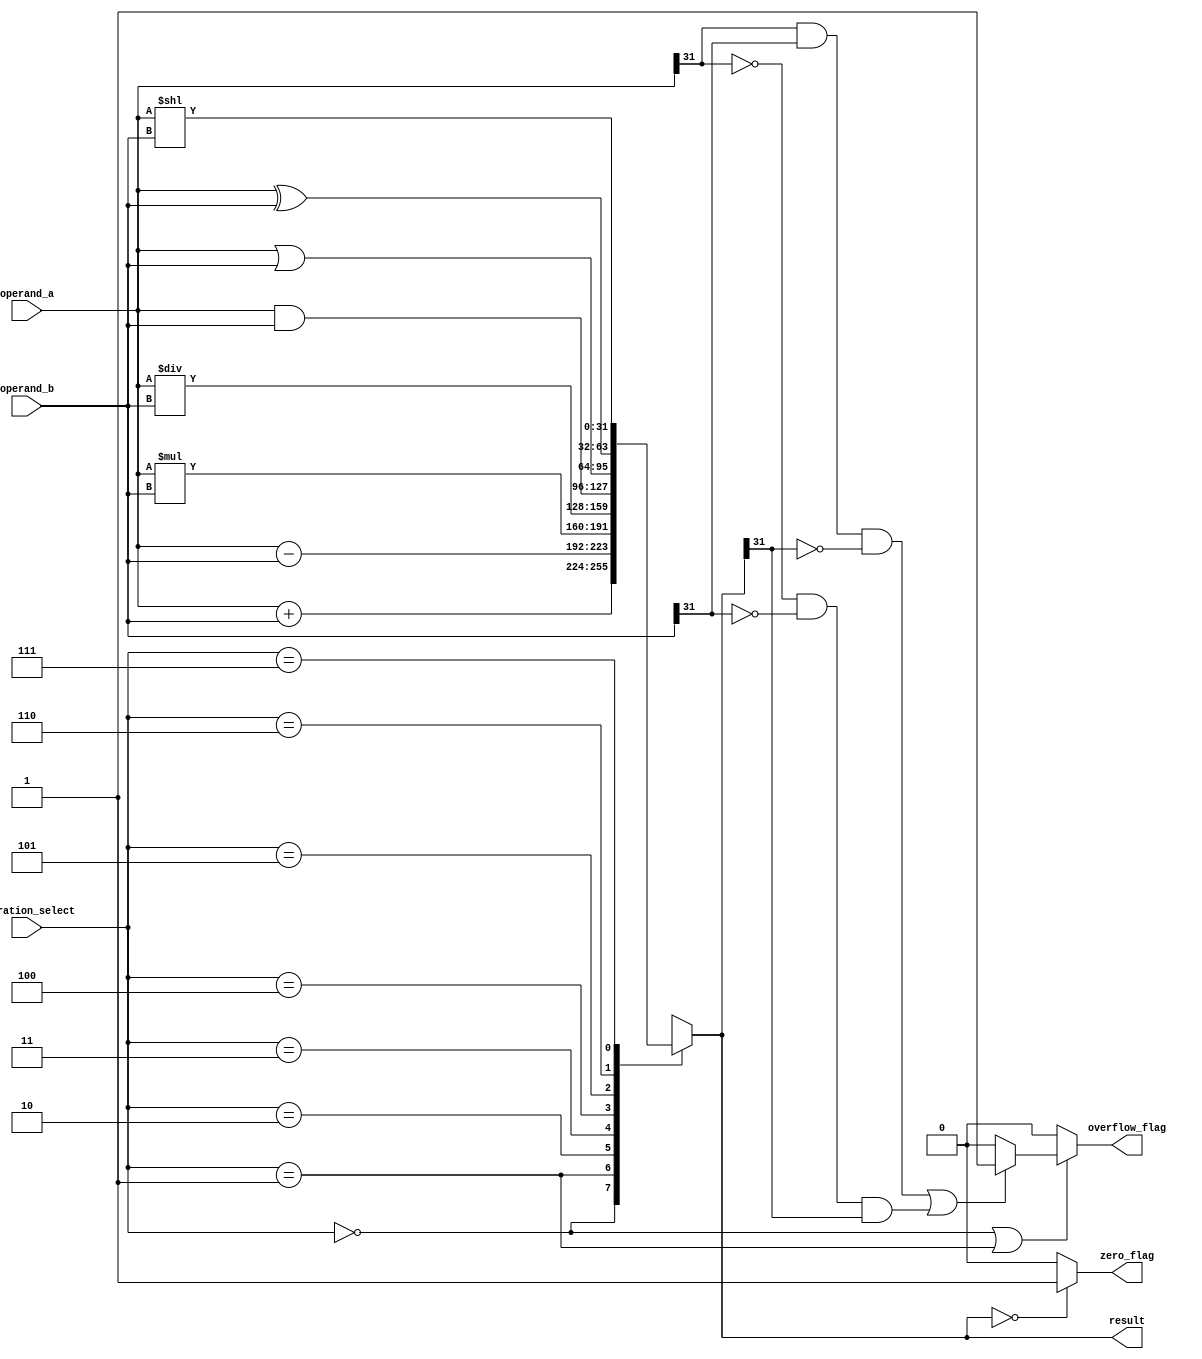
module ALU (
    input [31:0] operand_a,
    input [31:0] operand_b,
    input [2:0] operation_select,
    output reg [31:0] result,
    output reg zero_flag,
    output reg overflow_flag
);

always @(*)
begin
    case(operation_select)
        3'b000 : result = operand_a + operand_b; // Addition
        3'b001 : result = operand_a - operand_b; // Subtraction
        3'b010 : result = operand_a * operand_b; // Multiplication
        3'b011 : result = operand_a / operand_b; // Division
        3'b100 : result = operand_a & operand_b; // Bitwise AND
        3'b101 : result = operand_a | operand_b; // Bitwise OR
        3'b110 : result = operand_a ^ operand_b; // Bitwise XOR
        3'b111 : result = operand_a << operand_b; // Shift left by operand_b bits
    endcase
    
    if(result == 0) begin
        zero_flag = 1;
    end else begin
        zero_flag = 0;
    end
    
    // Check for overflow in case of addition/subtraction
    if(operation_select == 3'b000 || operation_select == 3'b001) begin
        if((operand_a[31] == 1 && operand_b[31] == 1 && result[31] == 0) || 
           (operand_a[31] == 0 && operand_b[31] == 0 && result[31] == 1)) begin
               overflow_flag = 1;
        end else begin
               overflow_flag = 0;
        end
    end else begin
        overflow_flag = 0;
    end
end

endmodule